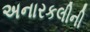
અનારકલીની